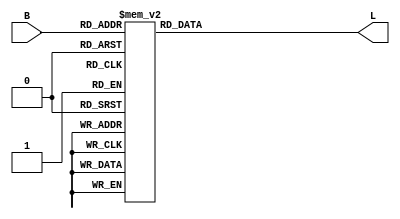
module sevenseg(input [3:0] B, output reg [6:0] L);

always@(B)
  begin
    case(B)
	4'b0000: L = 7'b1011111;
	4'b0001: L = 7'b0000011;
	4'b0010: L = 7'b1110110;
	4'b0011: L = 7'b1110011;
	4'b0100: L = 7'b0101011;
	4'b0101: L = 7'b1111001;
	4'b0110: L = 7'b1111101;
	4'b0111: L = 7'b1000011;
	4'b1000: L = 7'b1111111;
	4'b1001: L = 7'b1101011;
        default: L = 7'b1111111;
     endcase
   end
endmodule